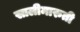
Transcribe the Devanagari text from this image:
सालीमारुती